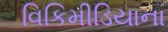
વિકિમીડિયાના